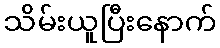
သိမ်းယူပြီးနောက်